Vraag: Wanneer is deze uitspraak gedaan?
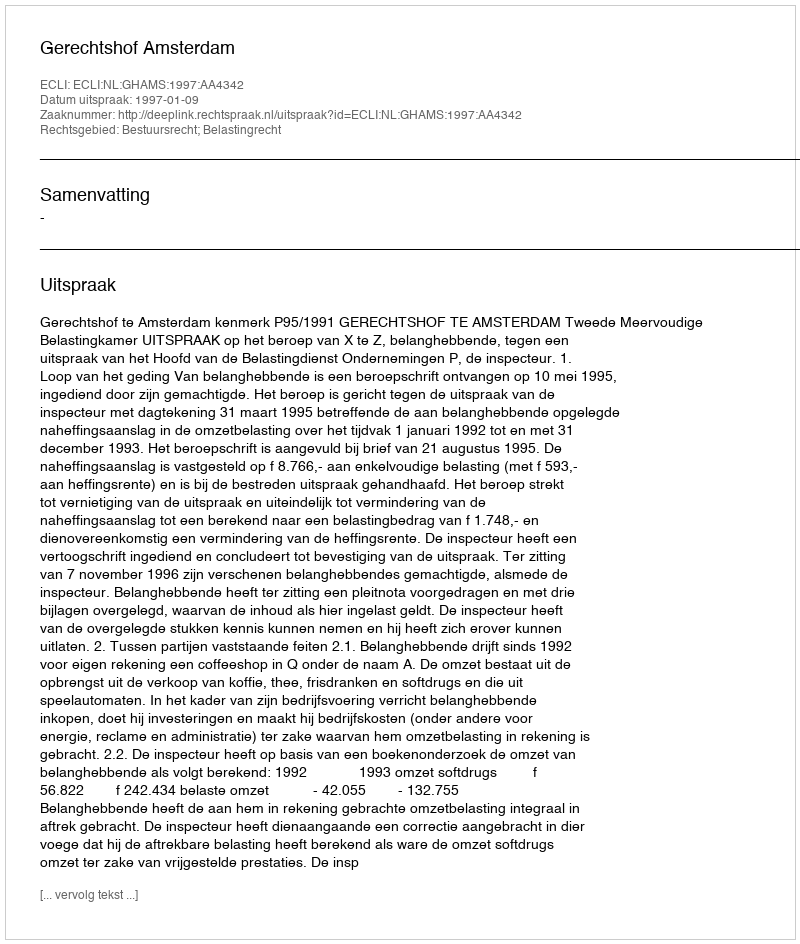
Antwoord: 1997-01-09